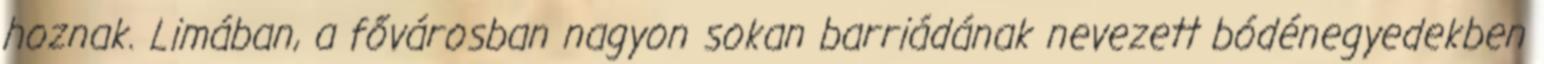
hoznak. Limában, a fővárosban nagyon sokan barriádának nevezett bódénegyedekben